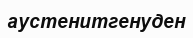
аустенитгенуден